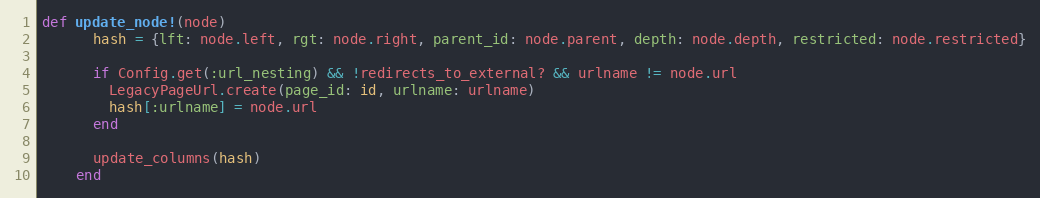
Language: Ruby
def update_node!(node)
      hash = {lft: node.left, rgt: node.right, parent_id: node.parent, depth: node.depth, restricted: node.restricted}

      if Config.get(:url_nesting) && !redirects_to_external? && urlname != node.url
        LegacyPageUrl.create(page_id: id, urlname: urlname)
        hash[:urlname] = node.url
      end

      update_columns(hash)
    end